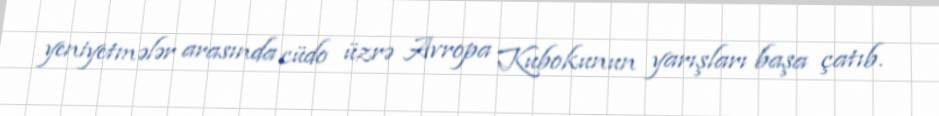
yeniyetmələr arasında cüdo üzrə Avropa Kubokunun yarışları başa çatıb.